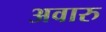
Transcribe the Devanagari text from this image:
अवारु